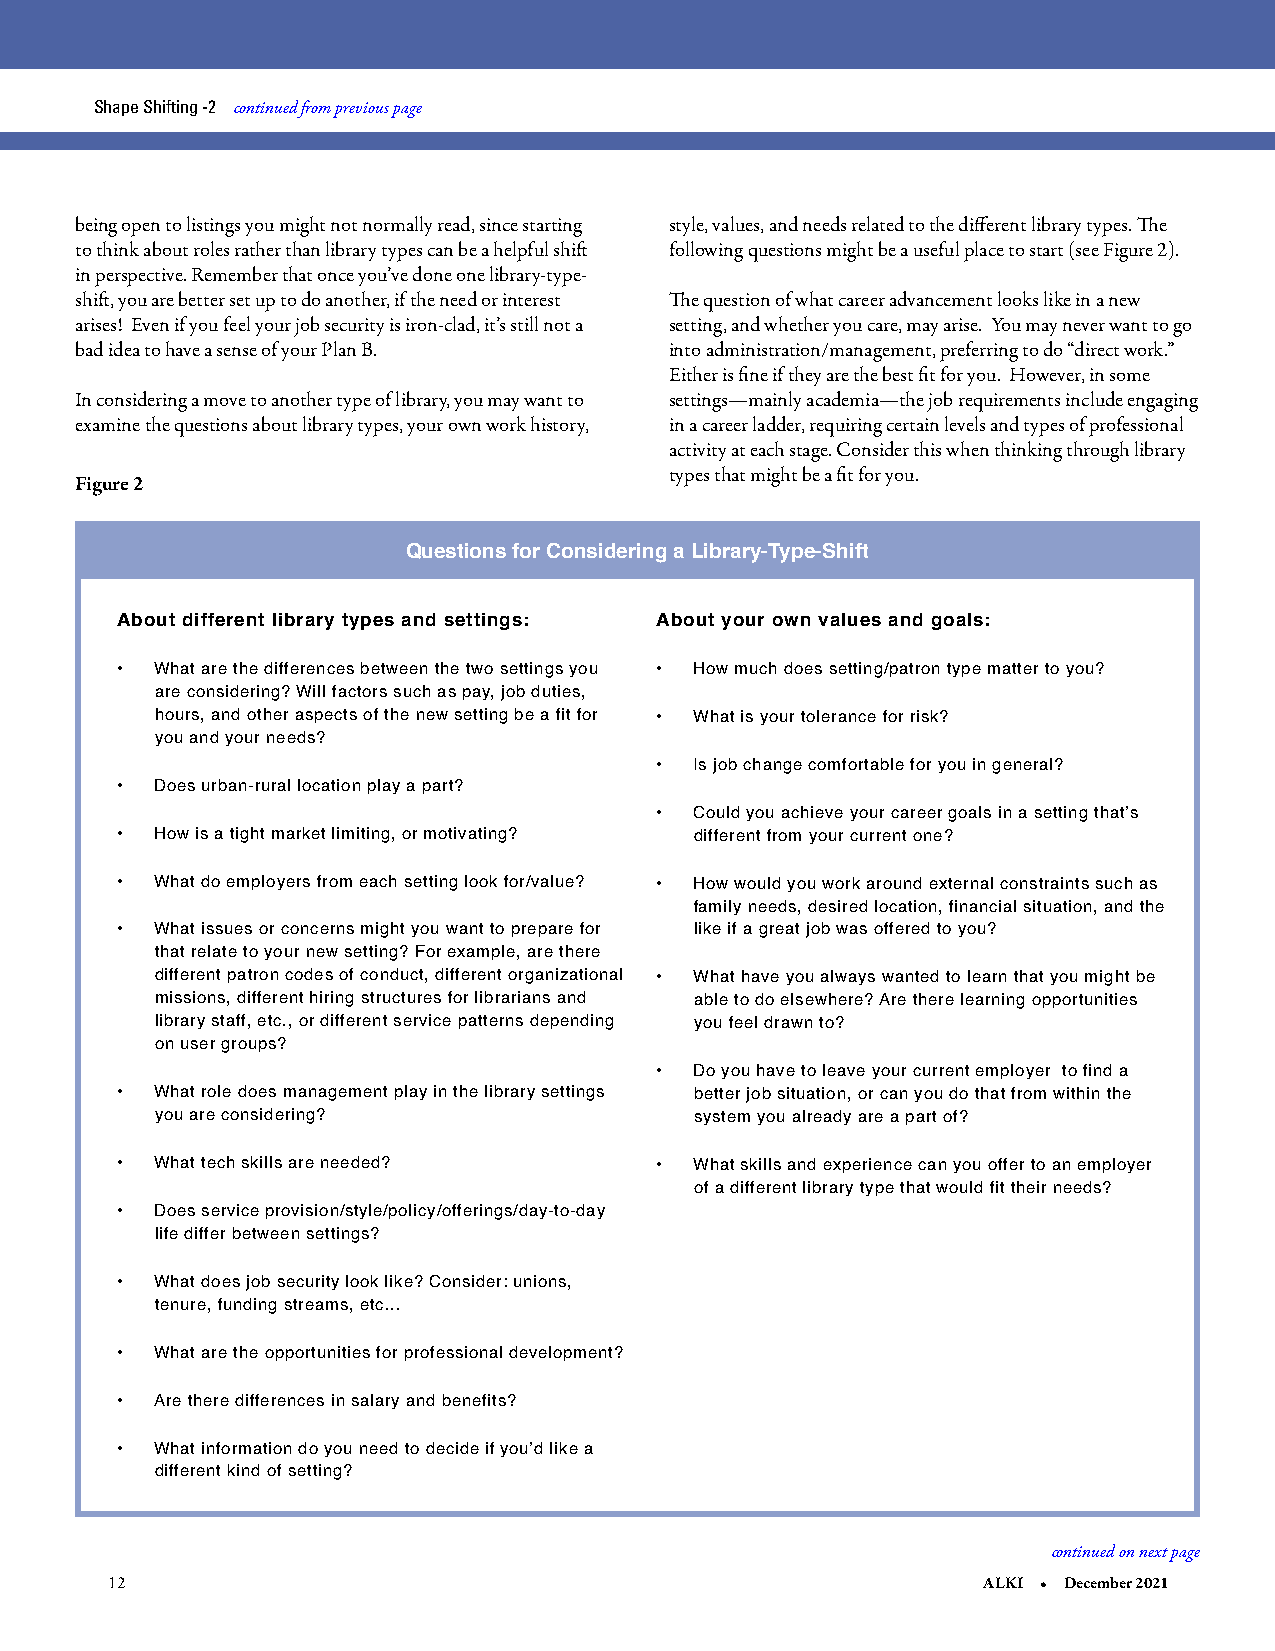
Shape Shifting -2 continued from previous page
 being open to listings you might not normally read, since starting style, values, and needs related to the different library types. The
 to think about roles rather than library types can be a helpful shift following questions might be a useful place to start (see Figure 2).
 in perspective. Remember that once you’ve done one library-type-
 shift, you are better set up to do another, if the need or interest The question of what career advancement looks like in a new
 arises! Even if you feel your job security is iron-clad, it’s still not a setting, and whether you care, may arise. You may never want to go
 bad idea to have a sense of your Plan B. into administration/management, preferring to do “direct work.”
 Either is fine if they are the best fit for you. However, in some
 In considering a move to another type of library, you may want to settings—mainly academia—the job requirements include engaging
 examine the questions about library types, your own work history, in a career ladder, requiring certain levels and types of professional
 activity at each stage. Consider this when thinking through library
 types that might be a fit for you.
 Figure 2
 Questions for Considering a Library-Type-Shift
 About different library types and settings: About your own values and goals:
 • What are the differences between the two settings you • How much does setting/patron type matter to you?
 are considering? Will factors such as pay, job duties,
 hours, and other aspects of the new setting be a fit for • What is your tolerance for risk?
 you and your needs?
 •  Is job change comfortable for you in general?
 • Does urban-rural location play a part?
 •  Could you achieve your career goals in a setting that’s
 • How is a tight market limiting, or motivating? different from your current one?
 • What do employers from each setting look for/value? • How would you work around external constraints such as
 family needs, desired location, financial situation, and the
 • What issues or concerns might you want to prepare for like if a great job was offered to you?
 that relate to your new setting? For example, are there
 different patron codes of conduct, different organizational • What have you always wanted to learn that you might be
 missions, different hiring structures for librarians and able to do elsewhere? Are there learning opportunities
 library staff, etc., or different service patterns depending you feel drawn to?
 on user groups?
 •  Do you have to leave your current employer to find a
 • What role does management play in the library settings better job situation, or can you do that from within the
 you are considering?                system you already are a part of?
 • What tech skills are needed?     •  What skills and experience can you offer to an employer
 of a different library type that would fit their needs?
 • Does service provision/style/policy/offerings/day-to-day
 life differ between settings?
 • What does job security look like? Consider: unions,
 tenure, funding streams, etc…
 • What are the opportunities for professional development?
 • Are there differences in salary and benefits?
 • What information do you need to decide if you’d like a
 different kind of setting?
 continued on next page
 12                                                        ALKI • December 2021